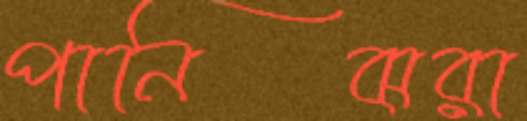
পানিঝরা